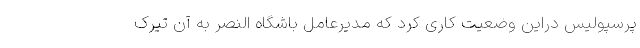
پرسپولیس دراین وضعیت کاری کرد که مدیرعامل باشگاه النصر به آن تیرک